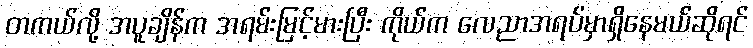
တကယ်လို့ အပူချိန်က အရမ်းမြင့်မားပြီး ကိုယ်က လေညာအရပ်မှာရှိနေမယ်ဆိုရင်